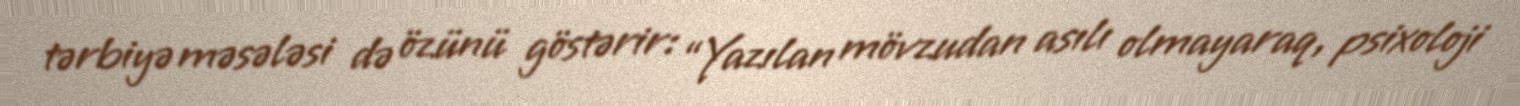
tərbiyə məsələsi də özünü göstərir: “Yazılan mövzudan asılı olmayaraq, psixoloji